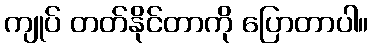
ကျုပ် တတ်နိုင်တာကို ပြောတာပါ။